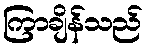
ကြာချိန်သည်